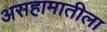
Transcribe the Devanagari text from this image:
असहामातीला